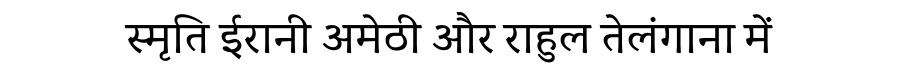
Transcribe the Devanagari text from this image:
स्मृति ईरानी अमेठी और राहुल तेलंगाना में